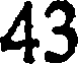
43